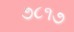
૭૮૧૭